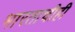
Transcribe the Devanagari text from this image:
भारताचीही